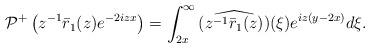
LaTeX: \begin{align*}\begin{aligned}\mathcal{P}^{+}\left(z^{-1}\bar{r}_1(z) e^{-2 i z x}\right)&=\int_{2x}^{\infty}\widehat{ (z^{-1}\bar{r}_1(z))}(\xi) e^{iz(y-2x) } d\xi.\end{aligned}\end{align*}